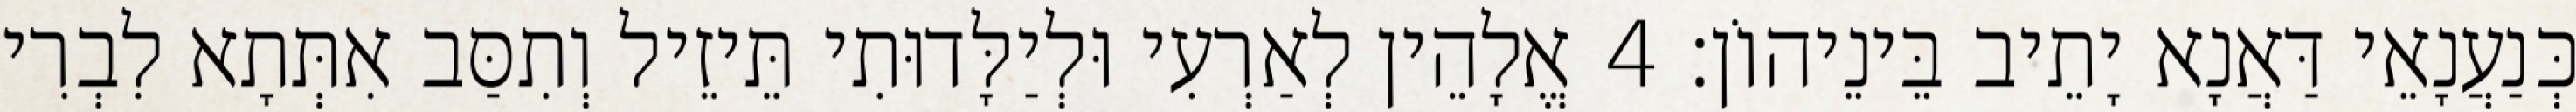
כְּנַעֲנָאֵי דַּאֲנָא יָתֵיב בֵּינֵיהוֹן׃ 4 אֱלָהֵין לְאַרְעִי וּלְיַלָּדוּתִי תֵּיזֵיל וְתִסַּב אִתְּתָא לִבְרִי